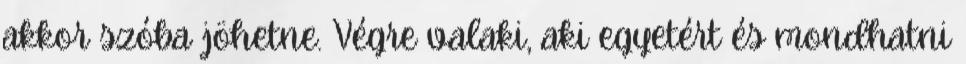
akkor szóba jöhetne. Végre valaki, aki egyetért és mondhatni